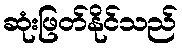
ဆုံးဖြတ်နိုင်သည်